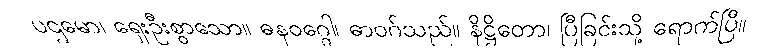
ပဌမော၊ ရှေးဦးစွာသော။ ဓနဝဂ္ဂေါ၊ ဓာဝဂ်သည်။ နိဋ္ဌိတော၊ ပြီခြင်းသို့ ရောက်ပြီ။